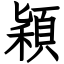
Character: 穎